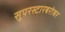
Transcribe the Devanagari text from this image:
सुपरस्टारबरोबर